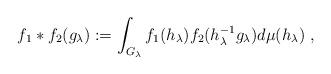
LaTeX: \begin{align*}f_1\ast f_2 (g_\lambda):=\int_{G_\lambda}f_1(h_\lambda)f_2(h_\lambda^{-1}g_\lambda)d\mu(h_\lambda)\;,\end{align*}